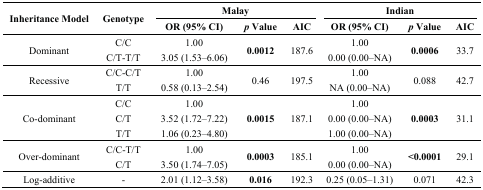
<table><thead><tr><td rowspan="2"><b>Inheritance Model</b></td><td rowspan="2"><b>Genotype</b></td><td colspan="3"><b>Malay</b></td><td colspan="3"><b>Indian</b></td></tr><tr><td><b>OR (95% CI)</b></td><td><b><i>p</i> Value</b></td><td><b>AIC</b></td><td><b>OR (95% CI)</b></td><td><b><i>p</i> Value</b></td><td><b>AIC</b></td></tr></thead><tbody><tr><td rowspan="2">Dominant</td><td>C/C</td><td>1.00</td><td rowspan="2"><b>0.0012</b></td><td rowspan="2">187.6</td><td>1.00</td><td rowspan="2"><b>0.0006</b></td><td rowspan="2">33.7</td></tr><tr><td>C/T-T/T</td><td>3.05 (1.53–6.06)</td><td>0.00 (0.00–NA)</td></tr><tr><td rowspan="2">Recessive</td><td>C/C-C/T</td><td>1.00</td><td rowspan="2">0.46</td><td rowspan="2">197.5</td><td>1.00</td><td rowspan="2">0.088</td><td rowspan="2">42.7</td></tr><tr><td>T/T</td><td>0.58 (0.13–2.54)</td><td>NA (0.00–NA)</td></tr><tr><td rowspan="3">Co-dominant</td><td>C/C</td><td>1.00</td><td rowspan="3"><b>0.0015</b></td><td rowspan="3">187.1</td><td>1.00</td><td rowspan="3"><b>0.0003</b></td><td rowspan="3">31.1</td></tr><tr><td>C/T</td><td>3.52 (1.72–7.22)</td><td>0.00 (0.00–NA)</td></tr><tr><td>T/T</td><td>1.06 (0.23–4.80)</td><td>1.00 (0.00–NA)</td></tr><tr><td rowspan="2">Over-dominant</td><td>C/C-T/T</td><td>1.00</td><td rowspan="2"><b>0.0003</b></td><td rowspan="2">185.1</td><td>1.00</td><td rowspan="2"><b>&lt;0.0001</b></td><td rowspan="2">29.1</td></tr><tr><td>C/T</td><td>3.50 (1.74–7.05)</td><td>0.00 (0.00–NA)</td></tr><tr><td>Log-additive</td><td>-</td><td>2.01 (1.12–3.58)</td><td><b>0.016</b></td><td>192.3</td><td>0.25 (0.05–1.31)</td><td>0.071</td><td>42.3</td></tr></tbody></table>